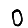
Digit: 0